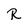
Character: R